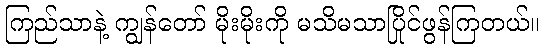
ကြည်သာနဲ့ ကျွန်တော် မိုးမိုးကို မသိမသာပြိုင်ဖွန်ကြတယ်။